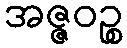
အဇ္ဇဝဉ္စ